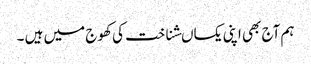
ہم آج بھی اپنی یکساںشناخت کی کھوج میں ہیں ۔